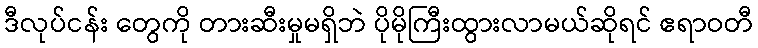
ဒီလုပ်ငန်း တွေကို တားဆီးမှုမရှိဘဲ ပိုမိုကြီးထွားလာမယ်ဆိုရင် ဧရာဝတီ